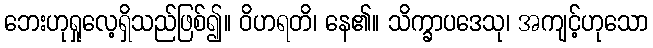
ဘေးဟုရှုလေ့ရှိသည်ဖြစ်၍။ ဝိဟရတိ၊ နေ၏။ သိက္ခာပဒေသု၊ အကျင့်ဟုသော